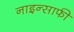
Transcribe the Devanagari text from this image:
नाइन्साफी